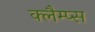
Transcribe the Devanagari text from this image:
क्लैम्प्स